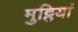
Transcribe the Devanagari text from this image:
मुट्ठियां